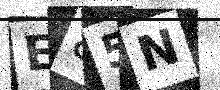
Text: E85N